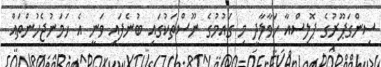
ސިންގަޕޫރުގެ ޕޮލިސްއާ ހަވާލާދީ މި ގައުމުގެ ނޫސްތަކުގައި ބުނެފައި ވަނީ އެ ހަމަނުޖެހުންތައް